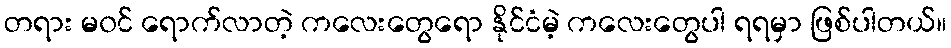
တရား မ၀င် ရောက်လာတဲ့ ကလေးတွေရော နိုင်ငံမဲ့ ကလေးတွေပါ ရရမှာ ဖြစ်ပါတယ်။